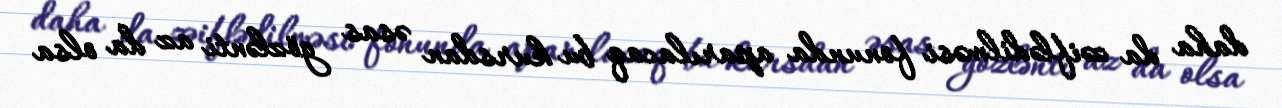
daha da zəiflədilməsi fonunda aparılacaq bu kursdan əsas gözlənti az da olsa